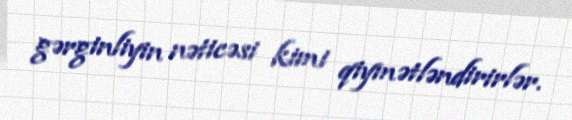
gərginliyin nəticəsi kimi qiymətləndirirlər.